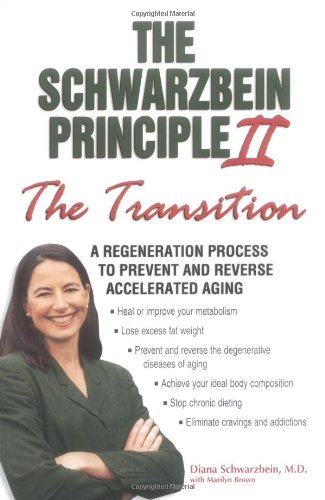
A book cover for The Schwarzbein Principle II, The "Transition": A Regeneration Program to Prevent and Reverse Accelerated Aging; Diana Schwarzbein; Health, Fitness & Dieting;